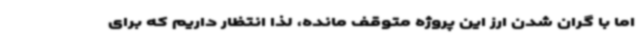
اما با گران شدن ارز این پروژه متوقف مانده، لذا انتظار داریم که برای